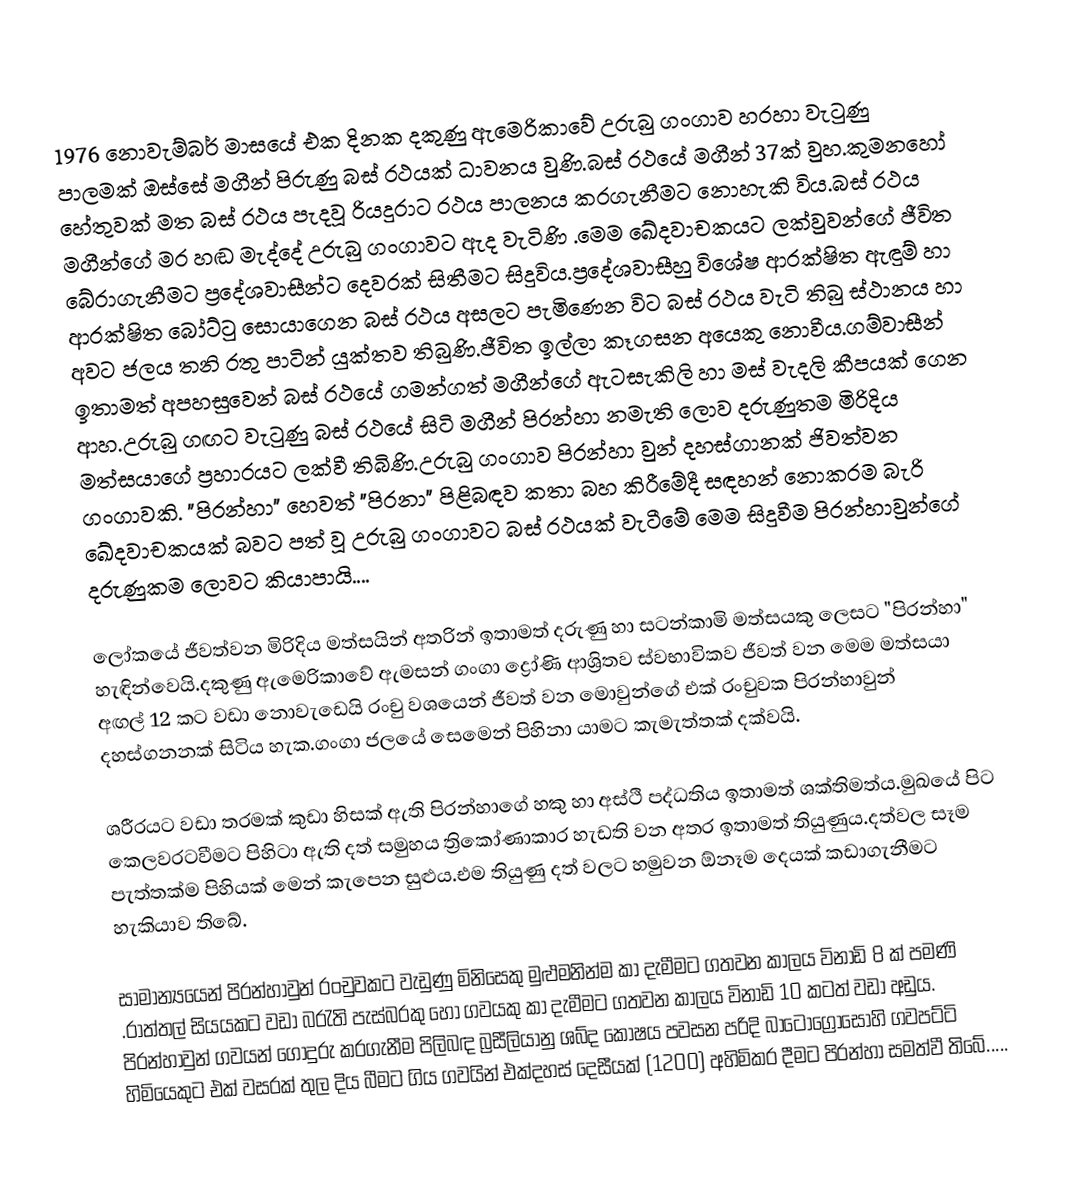
1976 නොවැම්බර් මාසයේ එක දිනක දකුණු ඇමෙරිකාවේ උරුබු ගංගාව හරහා වැටුණු පාලමක් ඔස්සේ මගීන් පිරුණු බස් රථයක් ධාවනය වුණි.බස් රථයේ මගීන් 37ක් වුහ.කුමනහෝ හේතුවක් මත බස් රථය පැදවූ රියදුරාට රථය පාලනය කරගැනීමට නොහැකි විය.බස් රථය මගීන්ගේ මර හඬ මැද්දේ උරුබු ගංගාවට ඇද වැටිණි .මෙම ඛේදවාචකයට ලක්වුවන්ගේ ජීවිත බේරාගැනීමට ප්‍රදේශවාසීන්ට දෙවරක් සිතීමට සිදුවිය.ප්‍රදේශවාසීහු විශේෂ ආරක්ෂිත ඇඳුම් හා ආරක්ෂිත බෝට්ටු සොයාගෙන බස් රථය අසලට පැමිණෙන විට බස් රථය වැටි තිබු ස්ථානය හා අවට ජලය තනි රතු පාටින් යුක්තව තිබුණි.ජීවිත ඉල්ලා කෑගසන අයෙකු නොවීය.ගම්වාසීන් ඉතාමත් අපහසුවෙන් බස් රථයේ ගමන්ගත් මගීන්ගේ ඇටසැකිලි හා මස් වැදලි කීපයක් ගෙන ආහ.උරුබු ගඟට වැටුණු බස් රථයේ සිටි මගීන් පිරන්හා නමැති ලොව දරුණුතම මිරිදිය මත්සයාගේ ප්‍රහාරයට ලක්වී තිබිණි.උරුබු ගංගාව පිරන්හා වුන් දහස්ගානක් ජිවත්වන ගංගාවකි. "පිරන්හා" හෙවත් "පිරනා" පිළිබඳව කතා බහ කිරීමේදී සඳහන් නොකරම බැරි ඛේදවාචකයක් බවට පත් වූ උරුබු ගංගාවට බස් රථයක් වැටීමේ මෙම සිදුවීම පිරන්හාවුන්ගේ දරුණුකම ලොවට කියාපායි....

ලෝකයේ ජීවත්වන මිරිදිය මත්සයින් අතරින් ඉතාමත් දරුණු හා සටන්කාමි මත්සයකු ලෙසට "පිරන්හා" හැඳින්වෙයි.දකුණු ඇමෙරිකාවේ ඇමසන් ගංගා ද්‍රෝණි ආශ්‍රිතව ස්වභාවිකව ජීවත් වන මෙම මත්සයා අඟල් 12 කට වඩා නොවැඩෙයි රංචු වශයෙන් ජීවත් වන මොවුන්ගේ එක් රංචුවක පිරන්හාවුන් දහස්ගනනක් සිටිය හැක.ගංගා ජලයේ සෙමෙන් පිහිනා යාමට කැමැත්තක් දක්වයි.

ශරීරයට වඩා තරමක් කුඩා හිසක් ඇති පිරන්හාගේ හකු හා අස්ථි පද්ධතිය ඉතාමත් ශක්තිමත්ය.මුඛයේ පිට කෙලවරටවීමට පිහිටා ඇති දත් සමුහය ත්‍රිකෝණාකාර හැඩති වන අතර ඉතාමත් තියුණුය.දත්වල සෑම පැත්තක්ම පිහියක් මෙන් කැපෙන සුළුය.එම තියුණු දත් වලට හමුවන ඕනෑම දෙයක් කඩාගැනීමට හැකියාව තිබේ.

සාමාන්‍යයෙන් පිරන්හාවුන් රංචුවකට වැඩුණු මිනිසෙකු මුළුමනින්ම කා දැමීමට ගතවන කාලය විනාඩි 8 ක් පමණි .රාත්තල් සියයකට වඩා බරැති පැස්බරකු හෝ ගවයකු කා දැමීමට ගතවන කාලය විනාඩි 10 කටත් වඩා අඩුය. පිරන්හාවුන් ගවයන් ගොදුරු කරගැනීම පිලිබඳ බ්‍රසීලියානු ශබ්ද කෝෂය පවසන පරිදි බාටෝග්‍රෝසෝහි ගවපට්ටි හිමියෙකුට එක් වසරක් තුල දිය බීමට ගිය ගවයින් එක්දහස් දෙසීයක් (1200) අහිමිකර දීමට පිරන්හා සමත්වී තිබේ.....